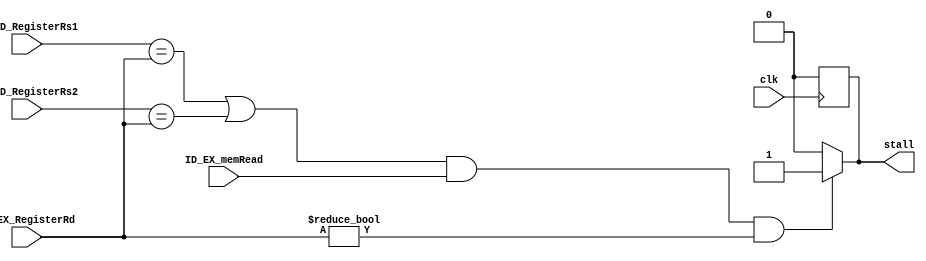
`timescale 1ns / 1ps

module hazard_detection(
input [4:0] IF_ID_RegisterRs1, IF_ID_RegisterRs2, ID_EX_RegisterRd,
input ID_EX_memRead,
input clk,
output reg stall
    );
    
    always @(*)
        begin
            if ((IF_ID_RegisterRs1 == ID_EX_RegisterRd || IF_ID_RegisterRs2 == ID_EX_RegisterRd) && ID_EX_memRead && ID_EX_RegisterRd != 0)
                stall=1'b1;
            else
                stall = 1'b0;
                end
                
     always@( posedge clk ) begin
     if (stall)
     stall = 1'b0;
        end
endmodule